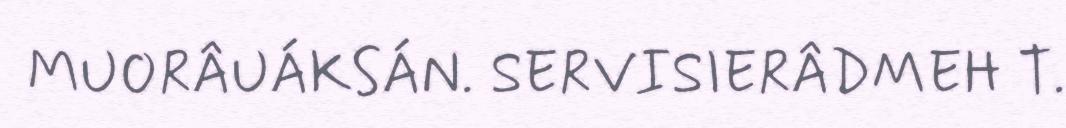
MUORÂUÁKSÁN. SERVISIERÂDMEH T.